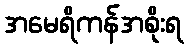
အမေရိကန်အစိုးရ